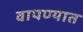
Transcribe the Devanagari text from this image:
वापण्यात